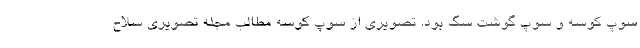
سوپ کوسه و سوپ گوشت سگ بود. تصویری از سوپ کوسه مطالب مجله تصویری سلاح